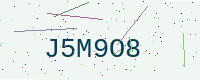
Text: J5M9O8